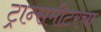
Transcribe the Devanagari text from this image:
ट्रान्समीटरचा